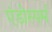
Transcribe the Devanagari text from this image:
एंडोस्पर्म